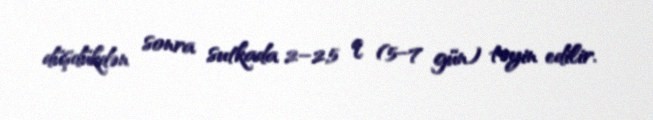
düşdükdən sonra sutkada 2–2,5 q (5–7 gün) təyin edilir.